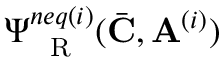
\Psi _ { \mathrm { ~ \tiny ~ R ~ } } ^ { n e q ( i ) } ( \bar { \mathbf { C } } , \mathbf { A } ^ { ( i ) } )